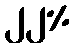
၂၂%